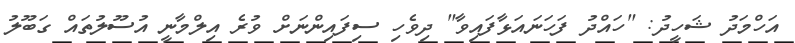
އަހްމަދު ޝަހީދު: "ހައްދު ފަހަނައަޅާފައިވާ" ދިވެހި ސިފައިންނަށް ވުރެ އިލްމާނީ އުސޫލުތައް ގަބޫލު